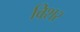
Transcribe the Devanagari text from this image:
विशर